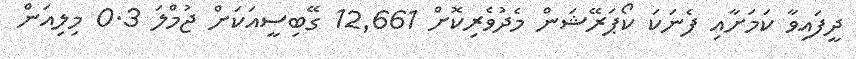
ދީފައިވާ ކަމަށާއި ފެނަކަ ކޯޕަރޭޝަން މެދުވެރިކޮށް 12